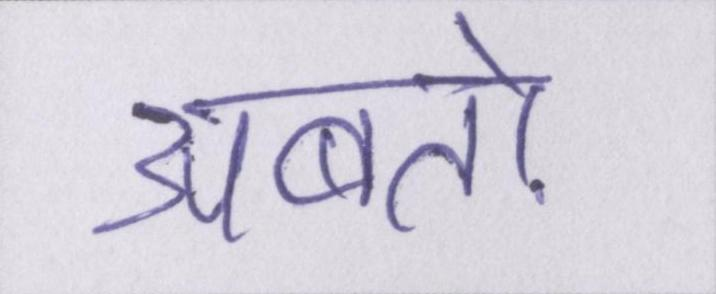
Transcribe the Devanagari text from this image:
अबतो